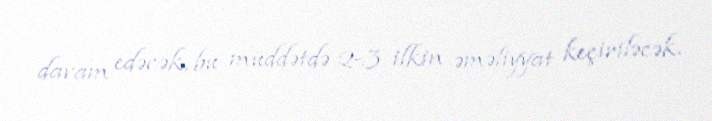
davam edəcək, bu müddətdə 2-3 ilkin əməliyyat keçiriləcək.